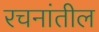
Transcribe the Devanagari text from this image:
रचनांतील